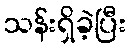
သန်းရှိခဲ့ပြီး